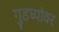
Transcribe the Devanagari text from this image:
गुडघ्यांवर